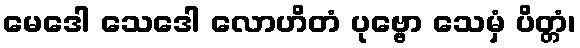
မေဒေါ သေဒေါ လောဟိတံ ပုဗ္ဗော သေမှံ ပိတ္တံ၊